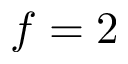
f = 2